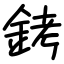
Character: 銬